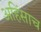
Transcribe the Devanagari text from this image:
अहिंसाच